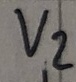
Text: V2